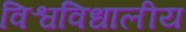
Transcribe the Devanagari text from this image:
विश्वविधालीय